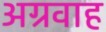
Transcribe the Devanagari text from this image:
अग्रवाह